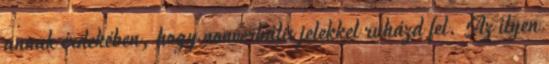
annak érdekében, hogy nonverbális jelekkel ruházd fel. Az ilyen